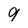
Character: 9